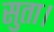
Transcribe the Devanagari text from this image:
सुता।